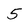
Character: 5